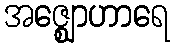
အဇ္ဈောဟာရေ